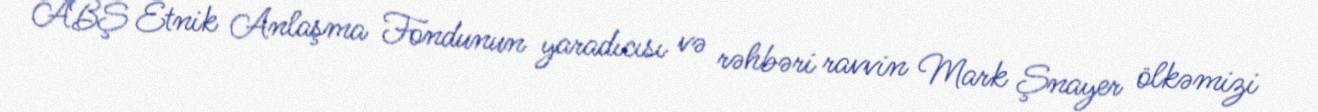
ABŞ Etnik Anlaşma Fondunun yaradıcısı və rəhbəri ravvin Mark Şnayer ölkəmizi